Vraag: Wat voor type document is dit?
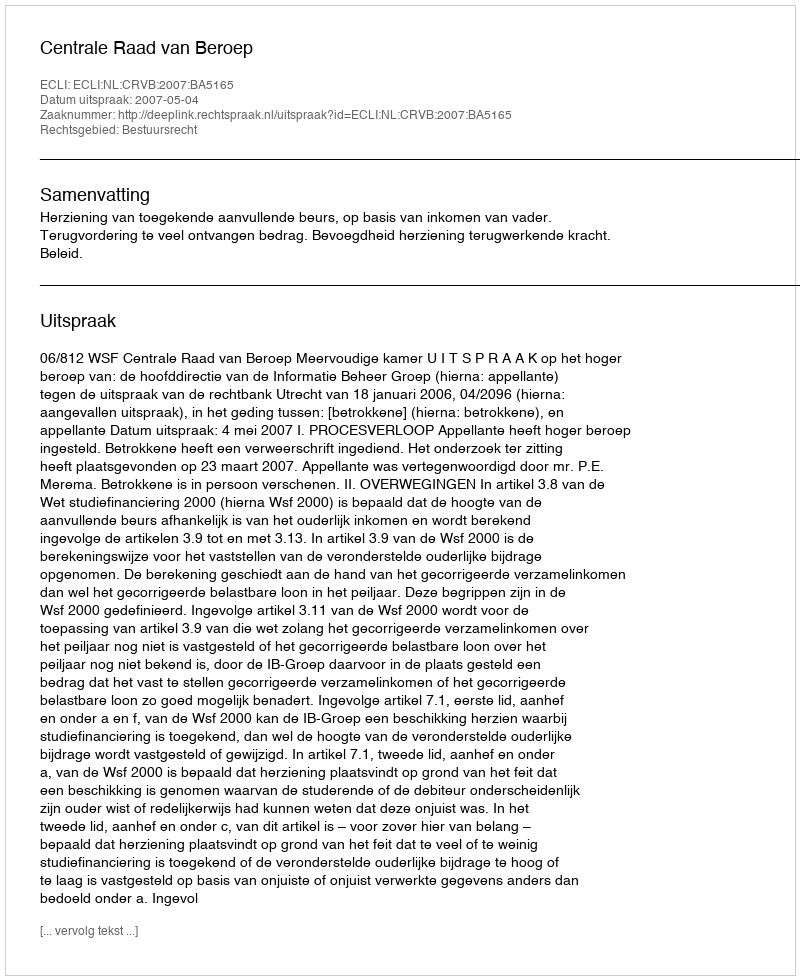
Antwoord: Uitspraak